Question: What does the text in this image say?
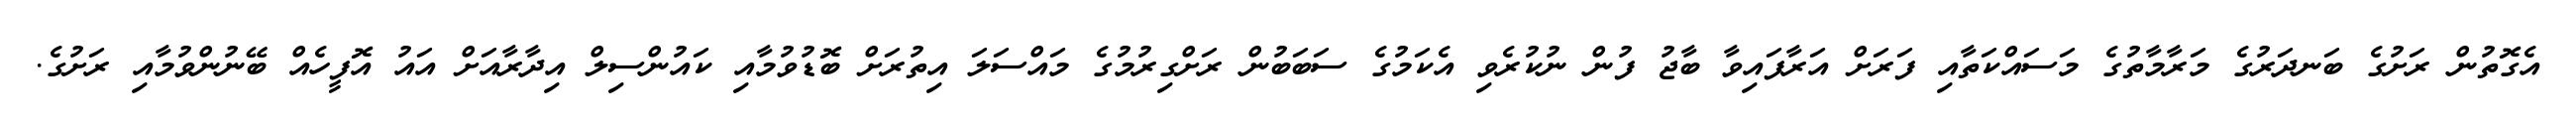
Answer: އެގޮތުން ރަށުގެ ބަނދަރުގެ މަރާމާތުގެ މަސައްކަތާއި ފަރަށް އަރާފައިވާ ބާޖު ފުން ނުކުރެވި އެކަމުގެ ސަބަބުން ރަށްގިރުމުގެ މައްސަލަ އިތުރަށް ބޮޑުވުމާއި ކައުންސިލް އިދާރާއަށް އައު އޮފީހެއް ބޭނުންވުމާއި ރަށުގެ.